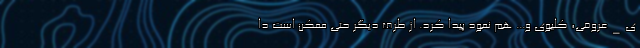
ی_عروقی، کلیوی و... هم نمود پیدا کرد. از طرف دیگر حتی ممکن است دا